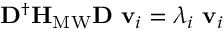
\mathbf { D } ^ { \dagger } \mathbf { H } _ { \mathrm { M W } } \mathbf { D } \ \mathbf { v } _ { i } = \lambda _ { i } \ \mathbf { v } _ { i }